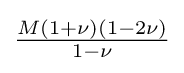
{\tfrac {M(1+\nu )(1-2\nu )}{1-\nu }}